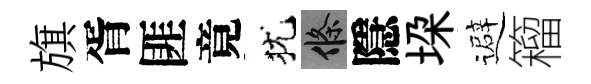
旗胥匪竟犹條隱垜避籕